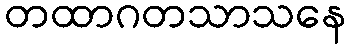
တထာဂတသာသနေ